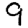
Digit: 9